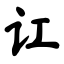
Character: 讧